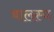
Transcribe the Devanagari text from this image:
बालस्य